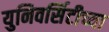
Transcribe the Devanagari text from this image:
युनिवर्सिटीच्या